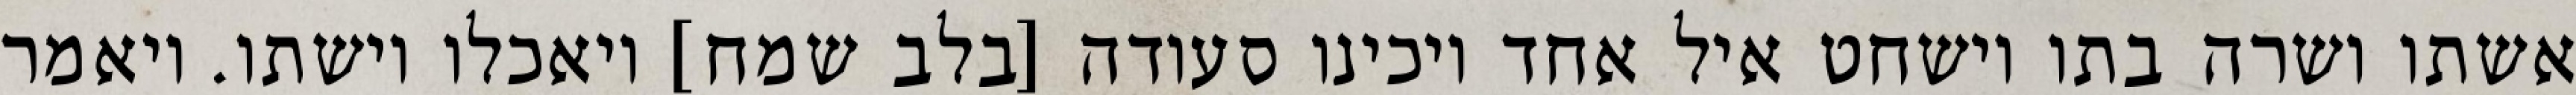
אשתו ושרה בתו וישחט איל אחד ויכינו סעודה [בלב שמח] ויאכלו וישתו. ויאמר